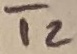
Text: T2